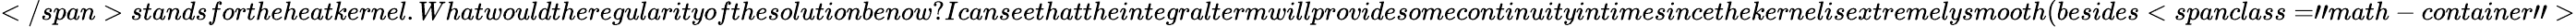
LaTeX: </span>standsfortheheatkernel.Whatwouldtheregularityofthesolutionbenow?Icanseethattheintegraltermwillprovidesomecontinuityintimesincethekernelisextremelysmooth(besides<spanclass="math-container">